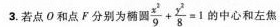
3.若点О和点F分别为椭圆$$\frac { x ^ { 2 } } { 9 } + \frac { y ^ { 2 } } { 8 } =1$$的中心和左焦